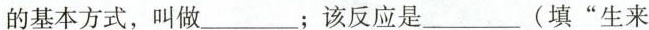
的基本方式，叫做___；该反应是__（填“生来